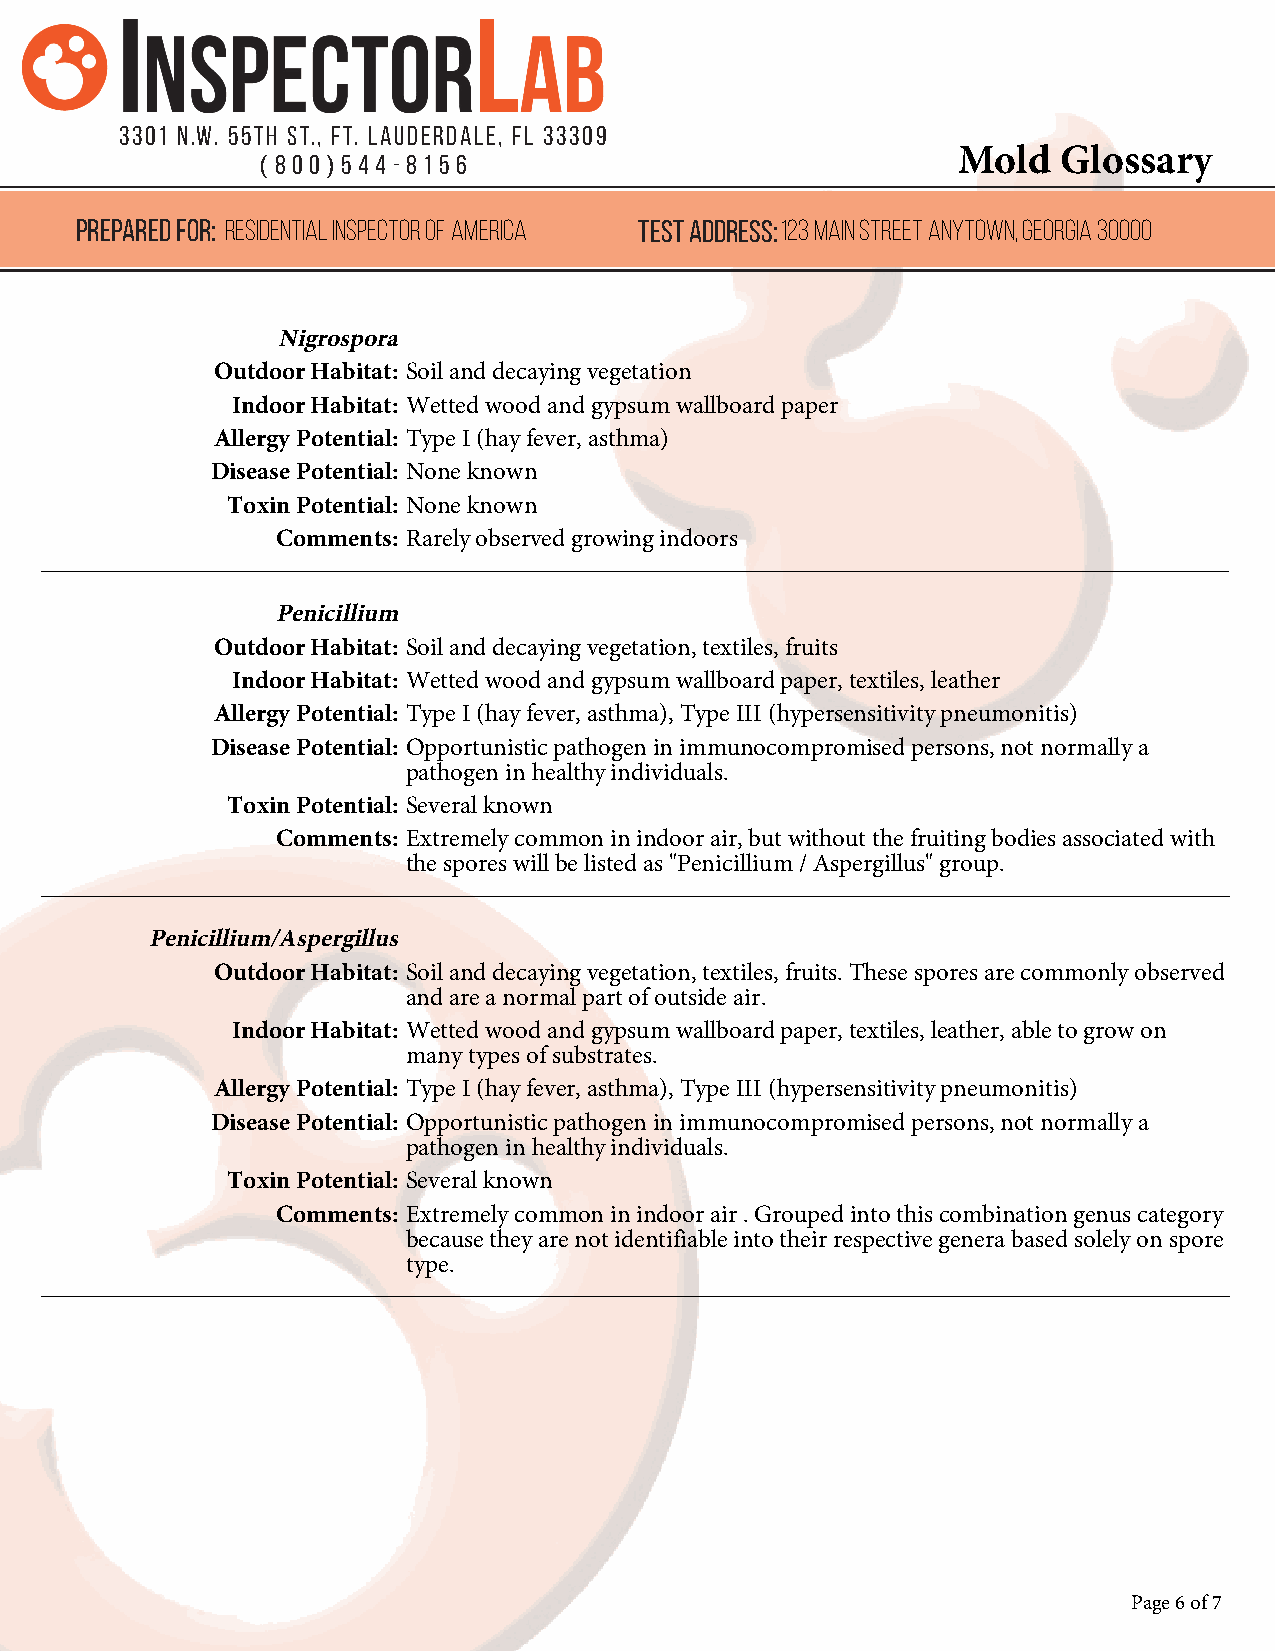
3301 N.W. 55th St., Ft. Lauderdale, FL 33309
 Mold   Glossary
 ( 8 0 0 ) 5 4 4 -8 1 5 6
 prepared for: Residential Inspector of America test address:123 Main Street Anytown, GEORGIA 30000
 Nigrospora
 Outdoor Habitat: Soil and decaying vegetation
 Indoor Habitat: Wetted wood and gypsum wallboard paper
 Allergy Potential: Type I (hay fever, asthma)
 Disease Potential: None known
 Toxin Potential: None known
 Comments: Rarely observed growing indoors
 Penicillium
 Outdoor Habitat: Soil and decaying vegetation, textiles, fruits
 Indoor Habitat: Wetted wood and gypsum wallboard paper, textiles, leather
 Allergy Potential: Type I (hay fever, asthma), Type III (hypersensitivity pneumonitis)
 Disease Potential: Opportunistic pathogen in immunocompromised persons, not normally a
 pathogen in healthy individuals.
 Toxin Potential: Several known
 Comments: Extremely common in indoor air, but without the fruiting bodies associated with
 the spores will be listed as "Penicillium / Aspergillus" group.
 Penicillium/Aspergillus
 Outdoor Habitat: Soil and decaying vegetation, textiles, fruits. These spores are commonly observed
 and are a normal part of outside air.
 Indoor Habitat: Wetted wood and gypsum wallboard paper, textiles, leather, able to grow on
 many types of substrates.
 Allergy Potential: Type I (hay fever, asthma), Type III (hypersensitivity pneumonitis)
 Disease Potential: Opportunistic pathogen in immunocompromised persons, not normally a
 pathogen in healthy individuals.
 Toxin Potential: Several known
 Comments: Extremely common in indoor air . Grouped into this combination genus category
 because they are not identifiable into their respective genera based solely on spore
 type.
 Page 6 of 7